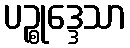
ပဉ္စုဒ္ဒေသာ